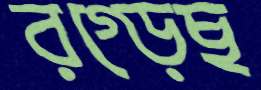
রগ্‌ড়েছ